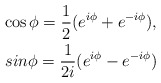
\begin{align*}\cos\phi = \frac{1}{2} (e^{i\phi} + e^{-i\phi}),\\sin\phi = \frac{1}{2i}(e^{i\phi} - e^{-i\phi})\end{align*}